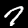
Label: 7